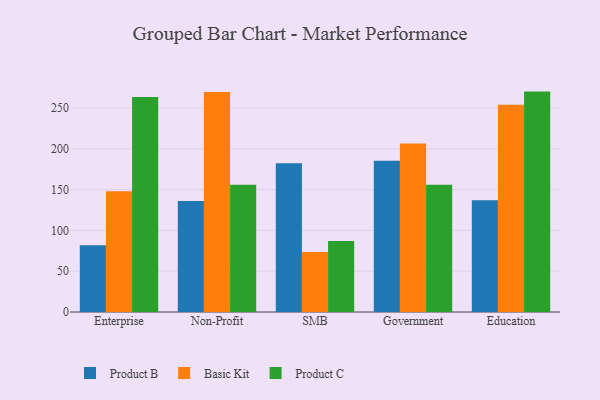
{"axis": {"x": "Segment", "y": "Temperature (°C)"}, "legend": ["Basic Kit", "Product B", "Product C"], "data": [{"x": "Enterprise", "y": 81.8, "type": "Product B"}, {"x": "Enterprise", "y": 147.9, "type": "Basic Kit"}, {"x": "Enterprise", "y": 263.4, "type": "Product C"}, {"x": "Non-Profit", "y": 135.9, "type": "Product B"}, {"x": "Non-Profit", "y": 269.6, "type": "Basic Kit"}, {"x": "Non-Profit", "y": 155.9, "type": "Product C"}, {"x": "SMB", "y": 182.2, "type": "Product B"}, {"x": "SMB", "y": 73.4, "type": "Basic Kit"}, {"x": "SMB", "y": 87.1, "type": "Product C"}, {"x": "Government", "y": 185.5, "type": "Product B"}, {"x": "Government", "y": 206.5, "type": "Basic Kit"}, {"x": "Government", "y": 155.9, "type": "Product C"}, {"x": "Education", "y": 137.0, "type": "Product B"}, {"x": "Education", "y": 254.0, "type": "Basic Kit"}, {"x": "Education", "y": 270.1, "type": "Product C"}]}